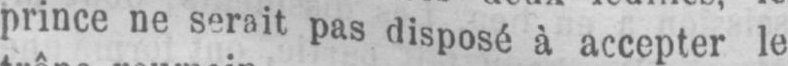
pas disposé à accepter le